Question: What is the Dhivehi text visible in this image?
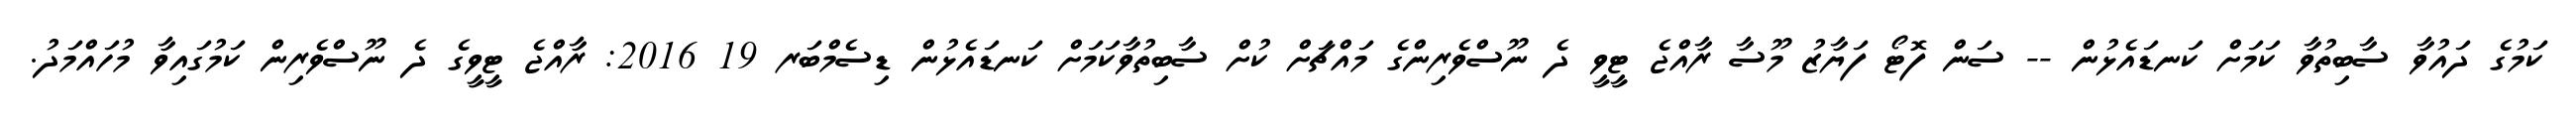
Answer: ކަމުގެ ދައުވާ ސާބިތުވާ ކަމަށް ކަނޑައެޅުން -- ސަން ފޮޓޯ ފަޔާޒު މޫސާ ރާއްޖެ ޓީވީ ދެ ނޫސްވެރިންގެ މައްޗަށް ކުށް ސާބިތުވާކަމަށް ކަނޑައެޅުން ޑިސެމްބަރ 19 2016: ރާއްޖެ ޓީވީގެ ދެ ނޫސްވެރިން ކަމުގައިވާ މުހައްމަދު.